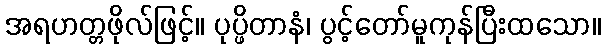
အရဟတ္တဖိုလ်ဖြင့်။ ပုပ္ဖိတာနံ၊ ပွင့်တော်မူကုန်ပြီးထသော။